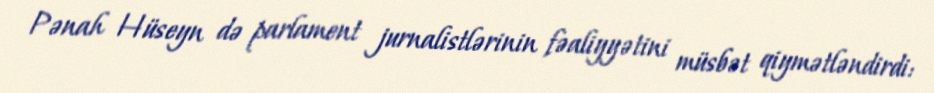
Pənah Hüseyn də parlament jurnalistlərinin fəaliyyətini müsbət qiymətləndirdi: